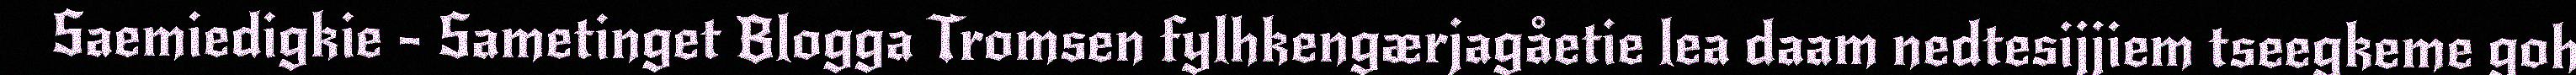
Saemiedigkie - Sametinget Blogga Tromsen fylhkengærjagåetie lea daam nedtesijjiem tseegkeme goh